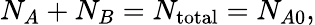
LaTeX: N_{A}+N_{B}=N_{\mathrm{total}}=N_{A0},